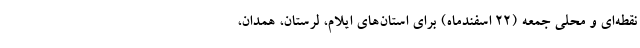
نقطه‌ای و محلی جمعه (۲۲ اسفندماه) برای استان‌های ایلام، لرستان، همدان،